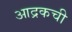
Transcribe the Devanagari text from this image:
आद्रकची